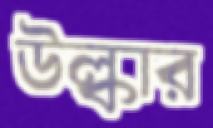
উল্কার